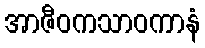
အာဇီဝကသာဝကာနံ